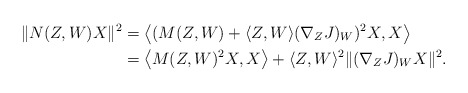
\begin{align*}\| N(Z,W)X \|^2&=\big{\langle} (M(Z,W)+ \langle Z,W \rangle (\nabla_ZJ)_W)^2X, X \big{\rangle}\\&=\big{\langle} M(Z,W)^2X,X \big{\rangle} + \langle Z,W \rangle^2 \| (\nabla_ZJ)_W X \|^2. \end{align*}